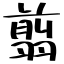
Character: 翦